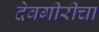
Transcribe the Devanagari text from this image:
देवगीरीचा